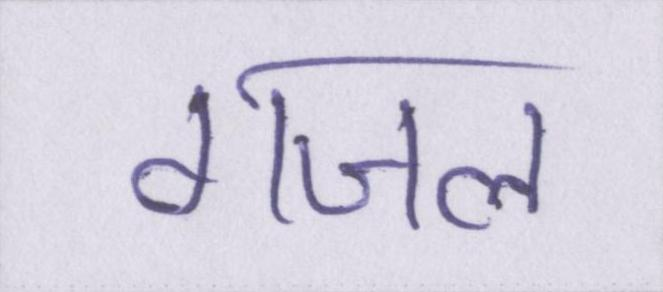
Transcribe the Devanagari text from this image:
गजल